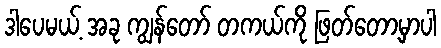
ဒါပေမယ့် အခု ကျွန်တော် တကယ်ကို ဖြတ်တော့မှာပါ